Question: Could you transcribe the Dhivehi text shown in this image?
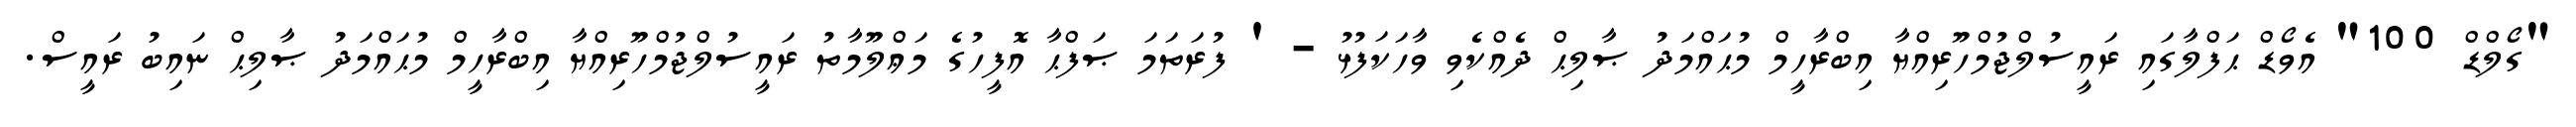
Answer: "ގޯލްޑް 100" އެވޯޑް ޙަފްލާގައި ރައީސުލްޖުމްހޫރިއްޔާ އިބްރާހީމް މުޙައްމަދު ޞާލިޙް ދެއްކެވި ވާހަކަފުޅު - ' ފުރަތަމަ ޞަފްޙާ އޮފީހުގެ މަޢްލޫމާތު ރައީސުލްޖުމްހޫރިއްޔާ އިބްރާހީމް މުޙައްމަދު ޞާލިޙް ނައިބު ރައީސް.